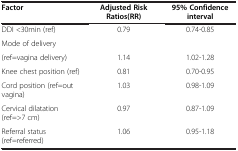
<table><thead><tr><td><b>Factor</b></td><td><b>Adjusted Risk Ratios(RR)</b></td><td><b>95% Confidence interval</b></td></tr></thead><tbody><tr><td>DDI &lt;30min (ref)</td><td>0.79</td><td>0.74-0.85</td></tr><tr><td>Mode of delivery</td><td> </td><td> </td></tr><tr><td>(ref=vagina delivery)</td><td>1.14</td><td>1.02-1.28</td></tr><tr><td>Knee chest position (ref)</td><td>0.81</td><td>0.70-0.95</td></tr><tr><td>Cord position (ref=out vagina)</td><td>1.03</td><td>0.98-1.09</td></tr><tr><td>Cervical dilatation (ref=&gt;7 cm)</td><td>0.97</td><td>0.87-1.09</td></tr><tr><td>Referral status (ref=referred)</td><td>1.06</td><td>0.95-1.18</td></tr></tbody></table>